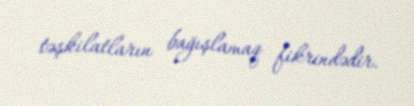
təşkilatların bağışlamaq fikrindədir.